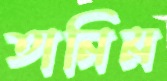
তানিম